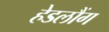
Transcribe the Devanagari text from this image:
हेडलौंग